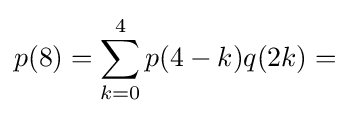
p(8)=\sum _{k=0}^{4}p(4-k)q(2k)=